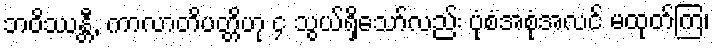
ဘဝိဿန္တီ, ကာလာတိပတ္တိဟု ၄ သွယ်ရှိသော်လည်း ပုံစံအစုံအလင် မထုတ်ကြ၊